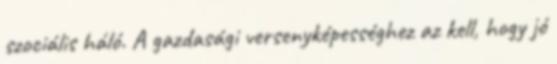
szociális háló. A gazdasági versenyképességhez az kell, hogy jó